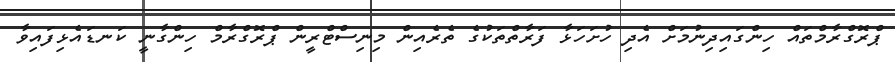
ޕްރޮގްރާމްތައް ހިންގައިދިނުމަށް އެދި ހުށަހަޅާ ފަރާތްތަކުގެ ތެރެއިން މިނިސްޓްރީން ޕްރޮގްރާމް ހިންގާނީ ކަނޑައެޅިފައިވާ